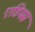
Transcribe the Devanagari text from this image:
एडियस